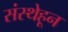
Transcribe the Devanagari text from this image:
संस्थेहून